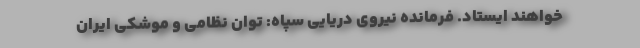
خواهند ایستاد. فرمانده نیروی دریایی سپاه: توان نظامی و موشکی ایران